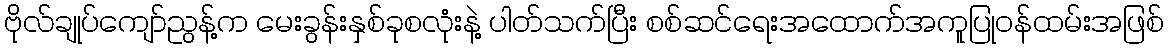
ဗိုလ်ချုပ်ကျော်ညွန့်က မေးခွန်းနှစ်ခုစလုံးနဲ့ ပါတ်သက်ပြီး စစ်ဆင်ရေးအထောက်အကူပြုဝန်ထမ်းအဖြစ်